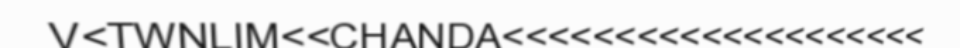
V<TWNLIM<<CHANDA<<<<<<<<<<<<<<<<<<<<